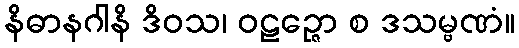
နိဓာနဂါနိ ဒိဝသ၊ ဝဠဉ္ဇော စ ဒသမ္ဗဏံ။